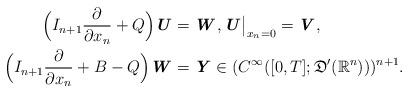
LaTeX: \begin{align*} \Bigl(I_{n+1}\frac{\partial }{\partial x_n} + Q\Bigr)\textbf{\textit{U}} & = \textbf{\textit{W}}, \textbf{\textit{U}}\big|_{x_n=0}=\textbf{\textit{V}},\\ \Bigl(I_{n+1}\frac{\partial }{\partial x_n} + B - Q\Bigr)\textbf{\textit{W}} & =\textbf{\textit{Y}} \in (C^\infty([0,T];\mathfrak{D}^\prime (\mathbb{R}^{n})))^{n+1}. \end{align*}